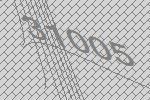
31005